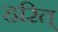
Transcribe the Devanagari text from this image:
हरित्‌